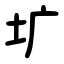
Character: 圹